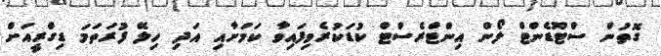
ގޮތުން ސްޓޫޑެންޓް ލޯން އިންޓްރެސްޓް ކުޑަކުރެވިފައިވާ ކަމަށާއި އަދި ހިލޭ ފުރަތަމަ ޑިގްރީއަށް